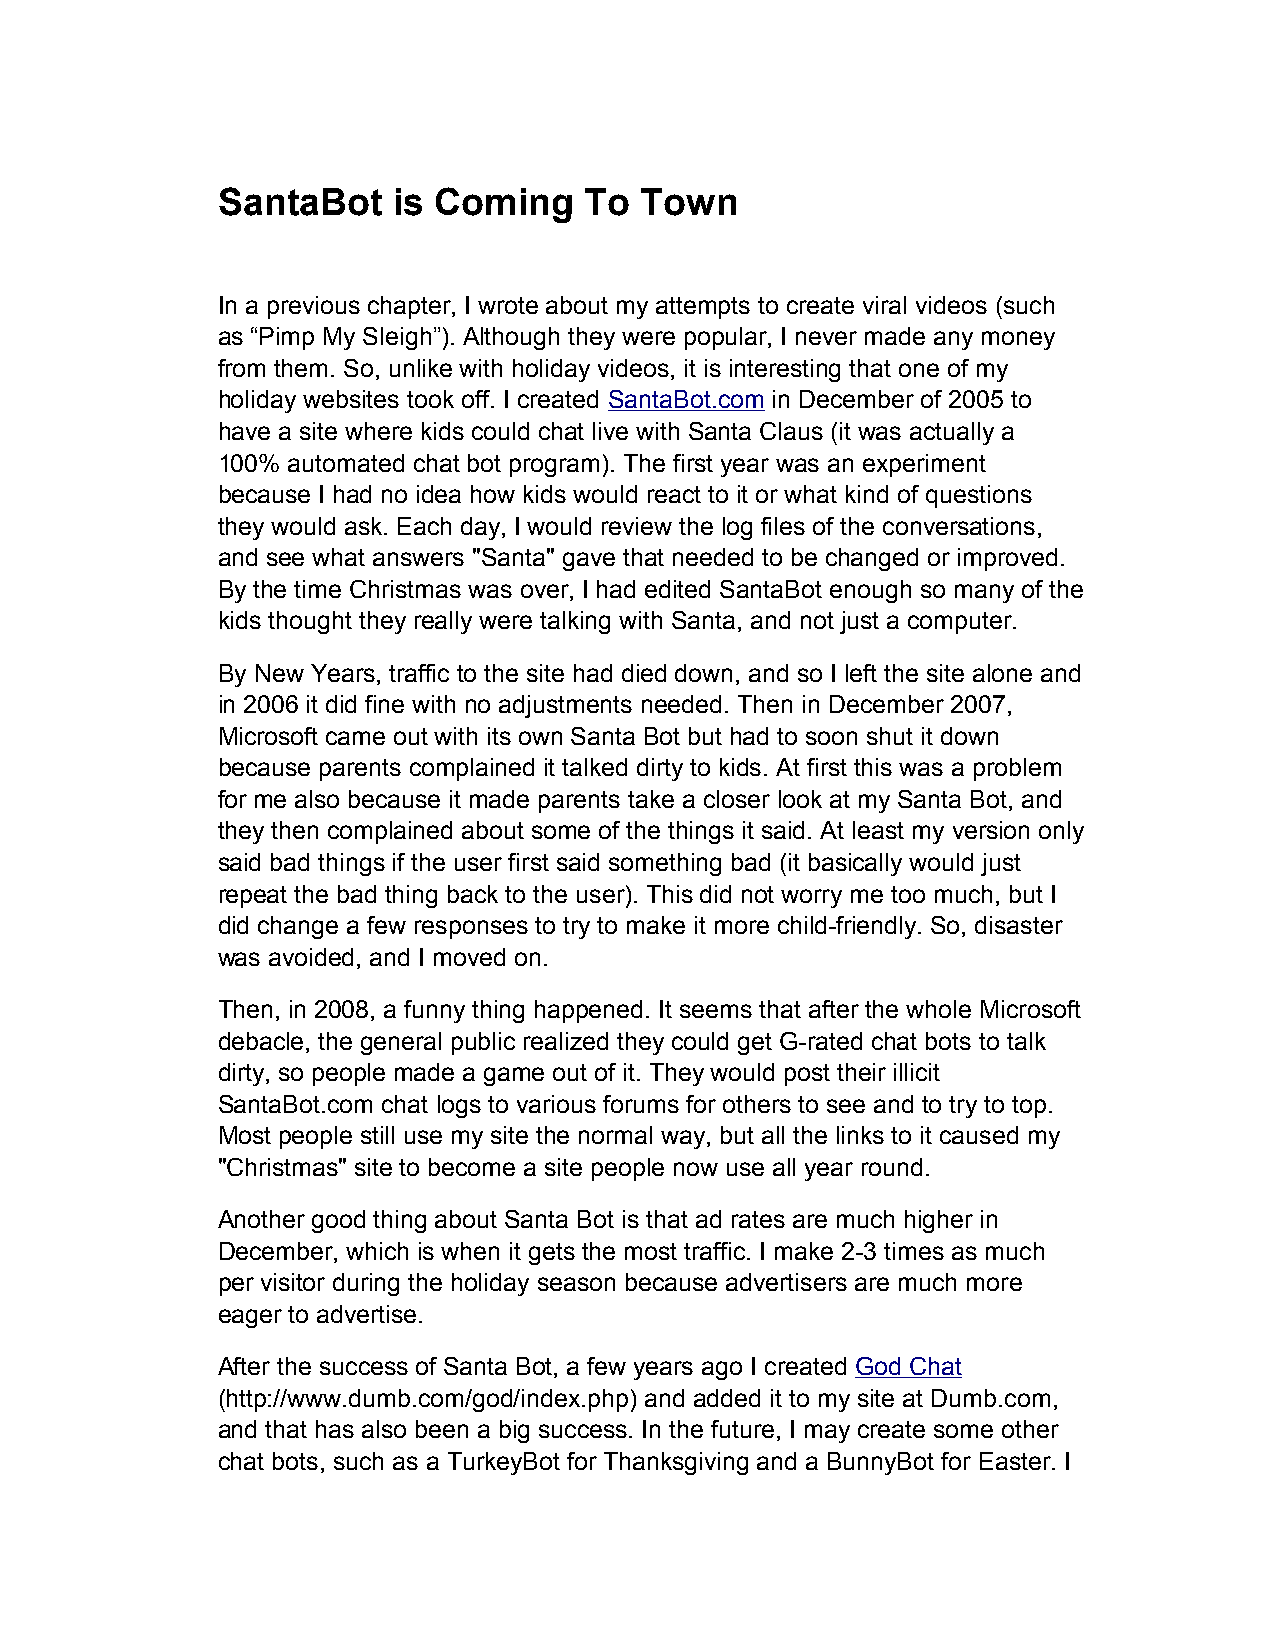
SantaBot    is Coming    To Town
 In a previous chapter, I wrote about my attempts to create viral videos (such
 as “Pimp My Sleigh”). Although they were popular, I never made any money
 from them. So, unlike with holiday videos, it is interesting that one of my
 holiday websites took off. I created SantaBot.com in December of 2005 to
 have a site where kids could chat live with Santa Claus (it was actually a
 100% automated chat bot program). The first year was an experiment
 because I had no idea how kids would react to it or what kind of questions
 they would ask. Each day, I would review the log files of the conversations,
 and see what answers "Santa" gave that needed to be changed or improved.
 By the time Christmas was over, I had edited SantaBot enough so many of the
 kids thought they really were talking with Santa, and not just a computer.
 By New Years, traffic to the site had died down, and so I left the site alone and
 in 2006 it did fine with no adjustments needed. Then in December 2007,
 Microsoft came out with its own Santa Bot but had to soon shut it down
 because parents complained it talked dirty to kids. At first this was a problem
 for me also because it made parents take a closer look at my Santa Bot, and
 they then complained about some of the things it said. At least my version only
 said bad things if the user first said something bad (it basically would just
 repeat the bad thing back to the user). This did not worry me too much, but I
 did change a few responses to try to make it more child-friendly. So, disaster
 was avoided, and I moved on.
 Then, in 2008, a funny thing happened. It seems that after the whole Microsoft
 debacle, the general public realized they could get G-rated chat bots to talk
 dirty, so people made a game out of it. They would post their illicit
 SantaBot.com chat logs to various forums for others to see and to try to top.
 Most people still use my site the normal way, but all the links to it caused my
 "Christmas" site to become a site people now use all year round.
 Another good thing about Santa Bot is that ad rates are much higher in
 December, which is when it gets the most traffic. I make 2-3 times as much
 per visitor during the holiday season because advertisers are much more
 eager to advertise.
 After the success of Santa Bot, a few years ago I created God Chat
 (http://www.dumb.com/god/index.php) and added it to my site at Dumb.com,
 and that has also been a big success. In the future, I may create some other
 chat bots, such as a TurkeyBot for Thanksgiving and a BunnyBot for Easter. I